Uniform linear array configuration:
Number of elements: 24
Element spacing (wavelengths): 1
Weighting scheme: binomial
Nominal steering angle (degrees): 15
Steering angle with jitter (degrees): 14.845
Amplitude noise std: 0.05
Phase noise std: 0.05

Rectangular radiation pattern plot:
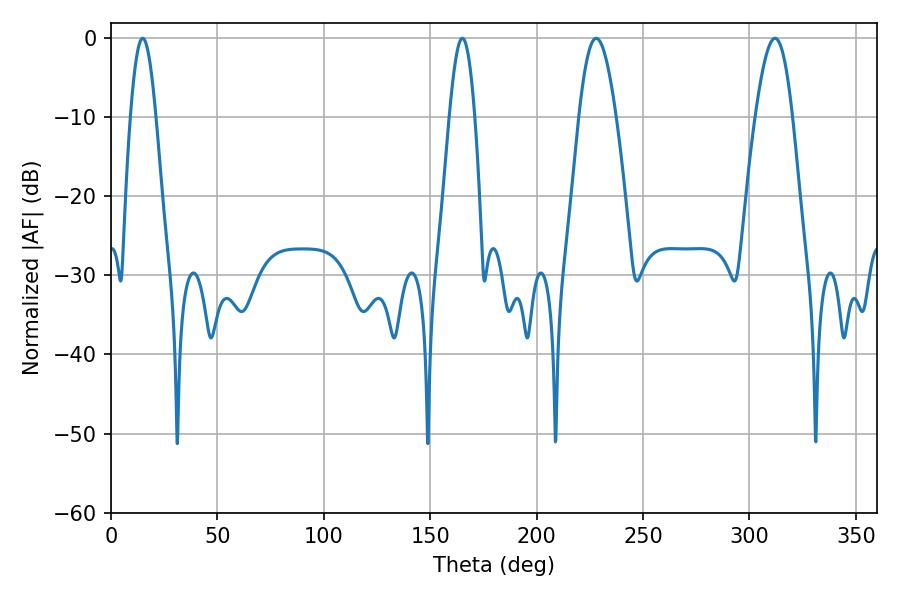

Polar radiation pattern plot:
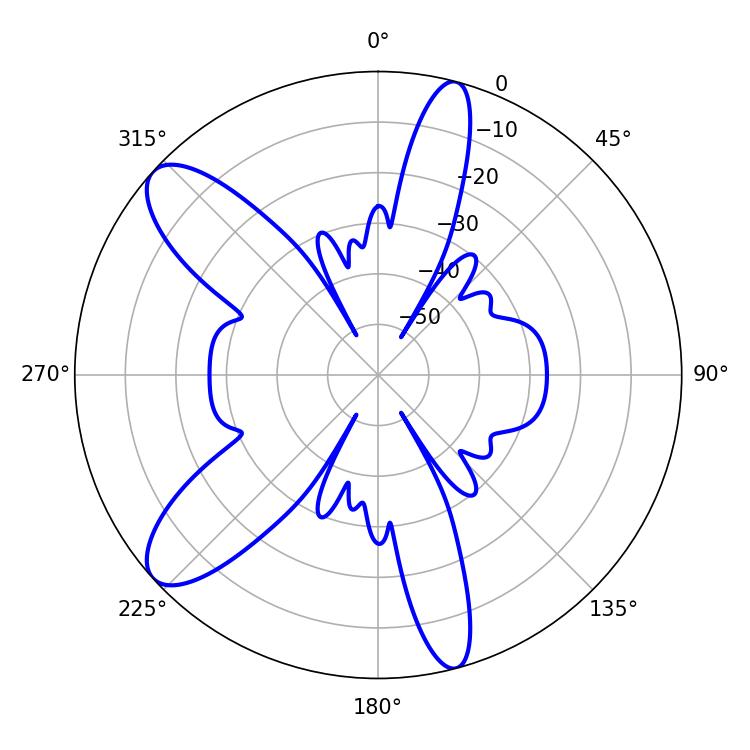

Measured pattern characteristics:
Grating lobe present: TRUE
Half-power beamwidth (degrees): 6.48
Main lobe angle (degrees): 14.94